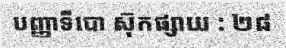
បញ្ញាទីបោ ស៊ុកផ្សាយ : ២៨